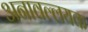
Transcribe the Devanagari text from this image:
अनावल्लयक